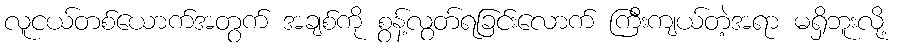
လူငယ်တစ်ယောက်အတွက် အချစ်ကို စွန့်လွတ်ရခြင်းလောက် ကြီးကျယ်တဲ့အရာ မရှိဘူးလို့